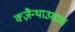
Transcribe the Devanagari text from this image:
क्ज़ैन्थाउसास